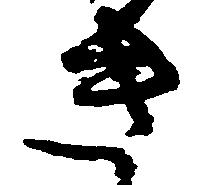
き